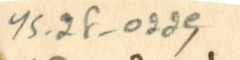
YS_2F_022e